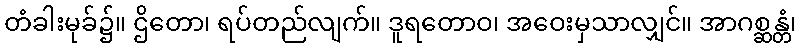
တံခါးမုခ်၌။ ဌိတော၊ ရပ်တည်လျက်။ ဒူရတောဝ၊ အဝေးမှသာလျှင်။ အာဂစ္ဆန္တံ၊